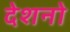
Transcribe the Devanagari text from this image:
देशनो